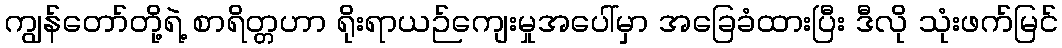
ကျွန်တော်တို့ရဲ့ စာရိတ္တဟာ ရိုးရာယဉ်ကျေးမှုအပေါ်မှာ အခြေခံထားပြီး ဒီလို သုံးဖက်မြင်